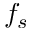
f _ { s }